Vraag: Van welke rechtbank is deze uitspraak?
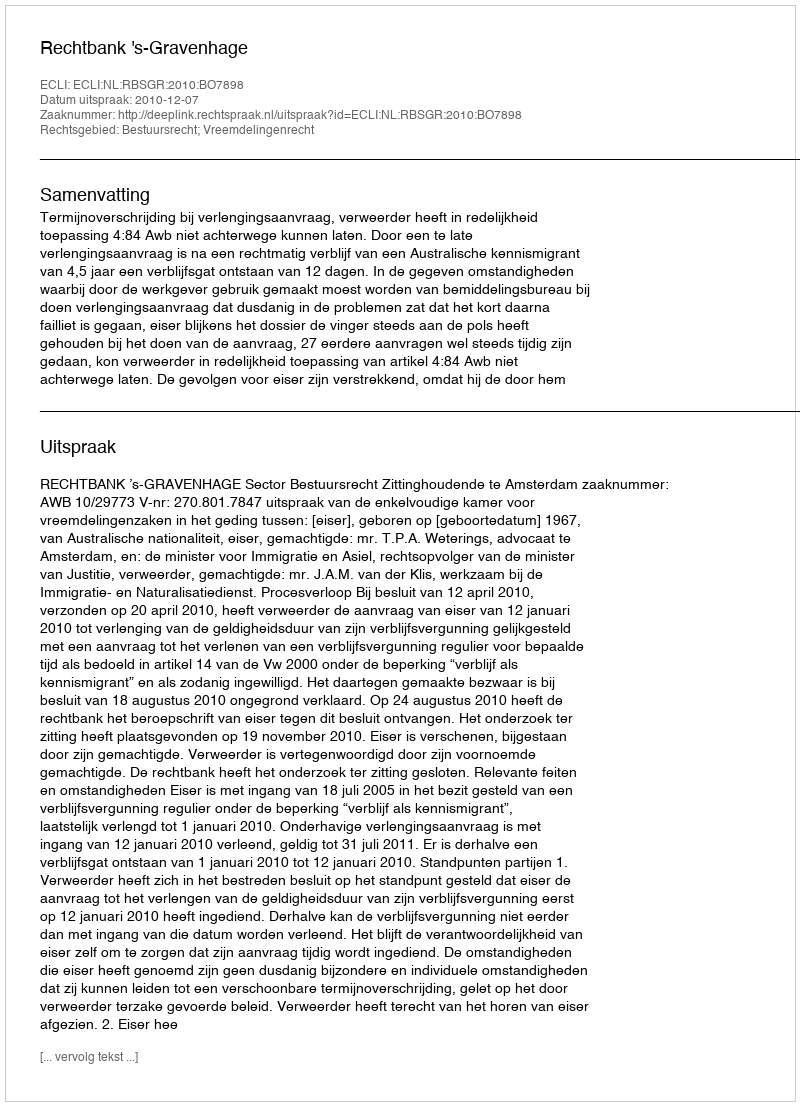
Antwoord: Rechtbank 's-Gravenhage